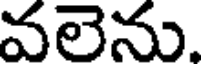
వలెను.